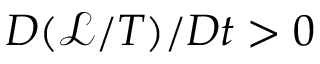
D ( \mathcal { L } / T ) / D t > 0